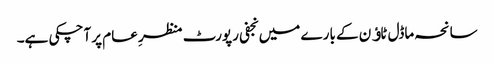
سانحہ ماڈل ٹاﺅن کے بارے میں نجفی رپورٹ منظرِ عام پر آچکی ہے۔